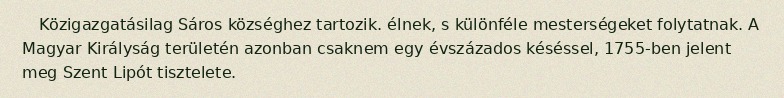
Közigazgatásilag Sáros községhez tartozik. élnek, s különféle mesterségeket folytatnak. A Magyar Királyság területén azonban csaknem egy évszázados késéssel, 1755-ben jelent meg Szent Lipót tisztelete.